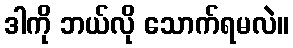
ဒါကို ဘယ်လို သောက်ရမလဲ။